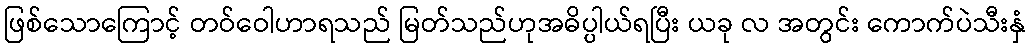
ဖြစ်သောကြောင့် တဝ်ဝေါဟာရသည် မြတ်သည်ဟုအဓိပ္ပါယ်ရပြီး ယခု လ အတွင်း ကောက်ပဲသီးနှံ